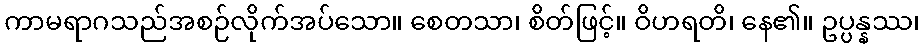
ကာမရာဂသည်အစဉ်လိုက်အပ်သော။ စေတသာ၊ စိတ်ဖြင့်။ ဝိဟရတိ၊ နေ၏။ ဥပ္ပန္နဿ၊